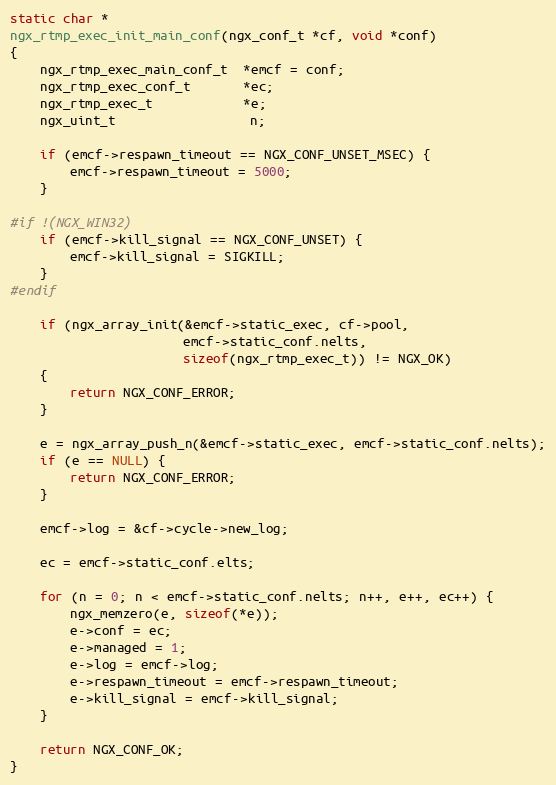
Language: C
static char *
ngx_rtmp_exec_init_main_conf(ngx_conf_t *cf, void *conf)
{
    ngx_rtmp_exec_main_conf_t  *emcf = conf;
    ngx_rtmp_exec_conf_t       *ec;
    ngx_rtmp_exec_t            *e;
    ngx_uint_t                  n;

    if (emcf->respawn_timeout == NGX_CONF_UNSET_MSEC) {
        emcf->respawn_timeout = 5000;
    }

#if !(NGX_WIN32)
    if (emcf->kill_signal == NGX_CONF_UNSET) {
        emcf->kill_signal = SIGKILL;
    }
#endif

    if (ngx_array_init(&emcf->static_exec, cf->pool,
                       emcf->static_conf.nelts,
                       sizeof(ngx_rtmp_exec_t)) != NGX_OK)
    {
        return NGX_CONF_ERROR;
    }

    e = ngx_array_push_n(&emcf->static_exec, emcf->static_conf.nelts);
    if (e == NULL) {
        return NGX_CONF_ERROR;
    }

    emcf->log = &cf->cycle->new_log;

    ec = emcf->static_conf.elts;

    for (n = 0; n < emcf->static_conf.nelts; n++, e++, ec++) {
        ngx_memzero(e, sizeof(*e));
        e->conf = ec;
        e->managed = 1;
        e->log = emcf->log;
        e->respawn_timeout = emcf->respawn_timeout;
        e->kill_signal = emcf->kill_signal;
    }

    return NGX_CONF_OK;
}